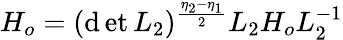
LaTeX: H_{o}=(\operatorname*{\mathrm{d}et}L_{2})^{\frac{{\eta_{2}-\eta_{1}}}{{2}}}L_{2}H_{o}L_{2}^{-1}